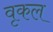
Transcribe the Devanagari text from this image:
वृकल